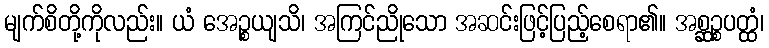
မျက်စိတို့ကိုလည်း။ ယံ အေဉ္စယျသိ၊ အကြင်ညိုသော အဆင်းဖြင့်ပြည့်စေရာ၏။ အစ္ဆဉ္စပတ္ထံ၊